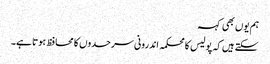
ہم یوں بھی کہہ
سکتے ہیں کہ پولیس کا محکمہ اندرونی سرحدوں کا محافظ ہوتا ہے۔